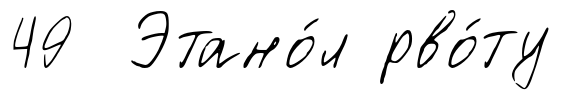
49 Этано́л рво́ту